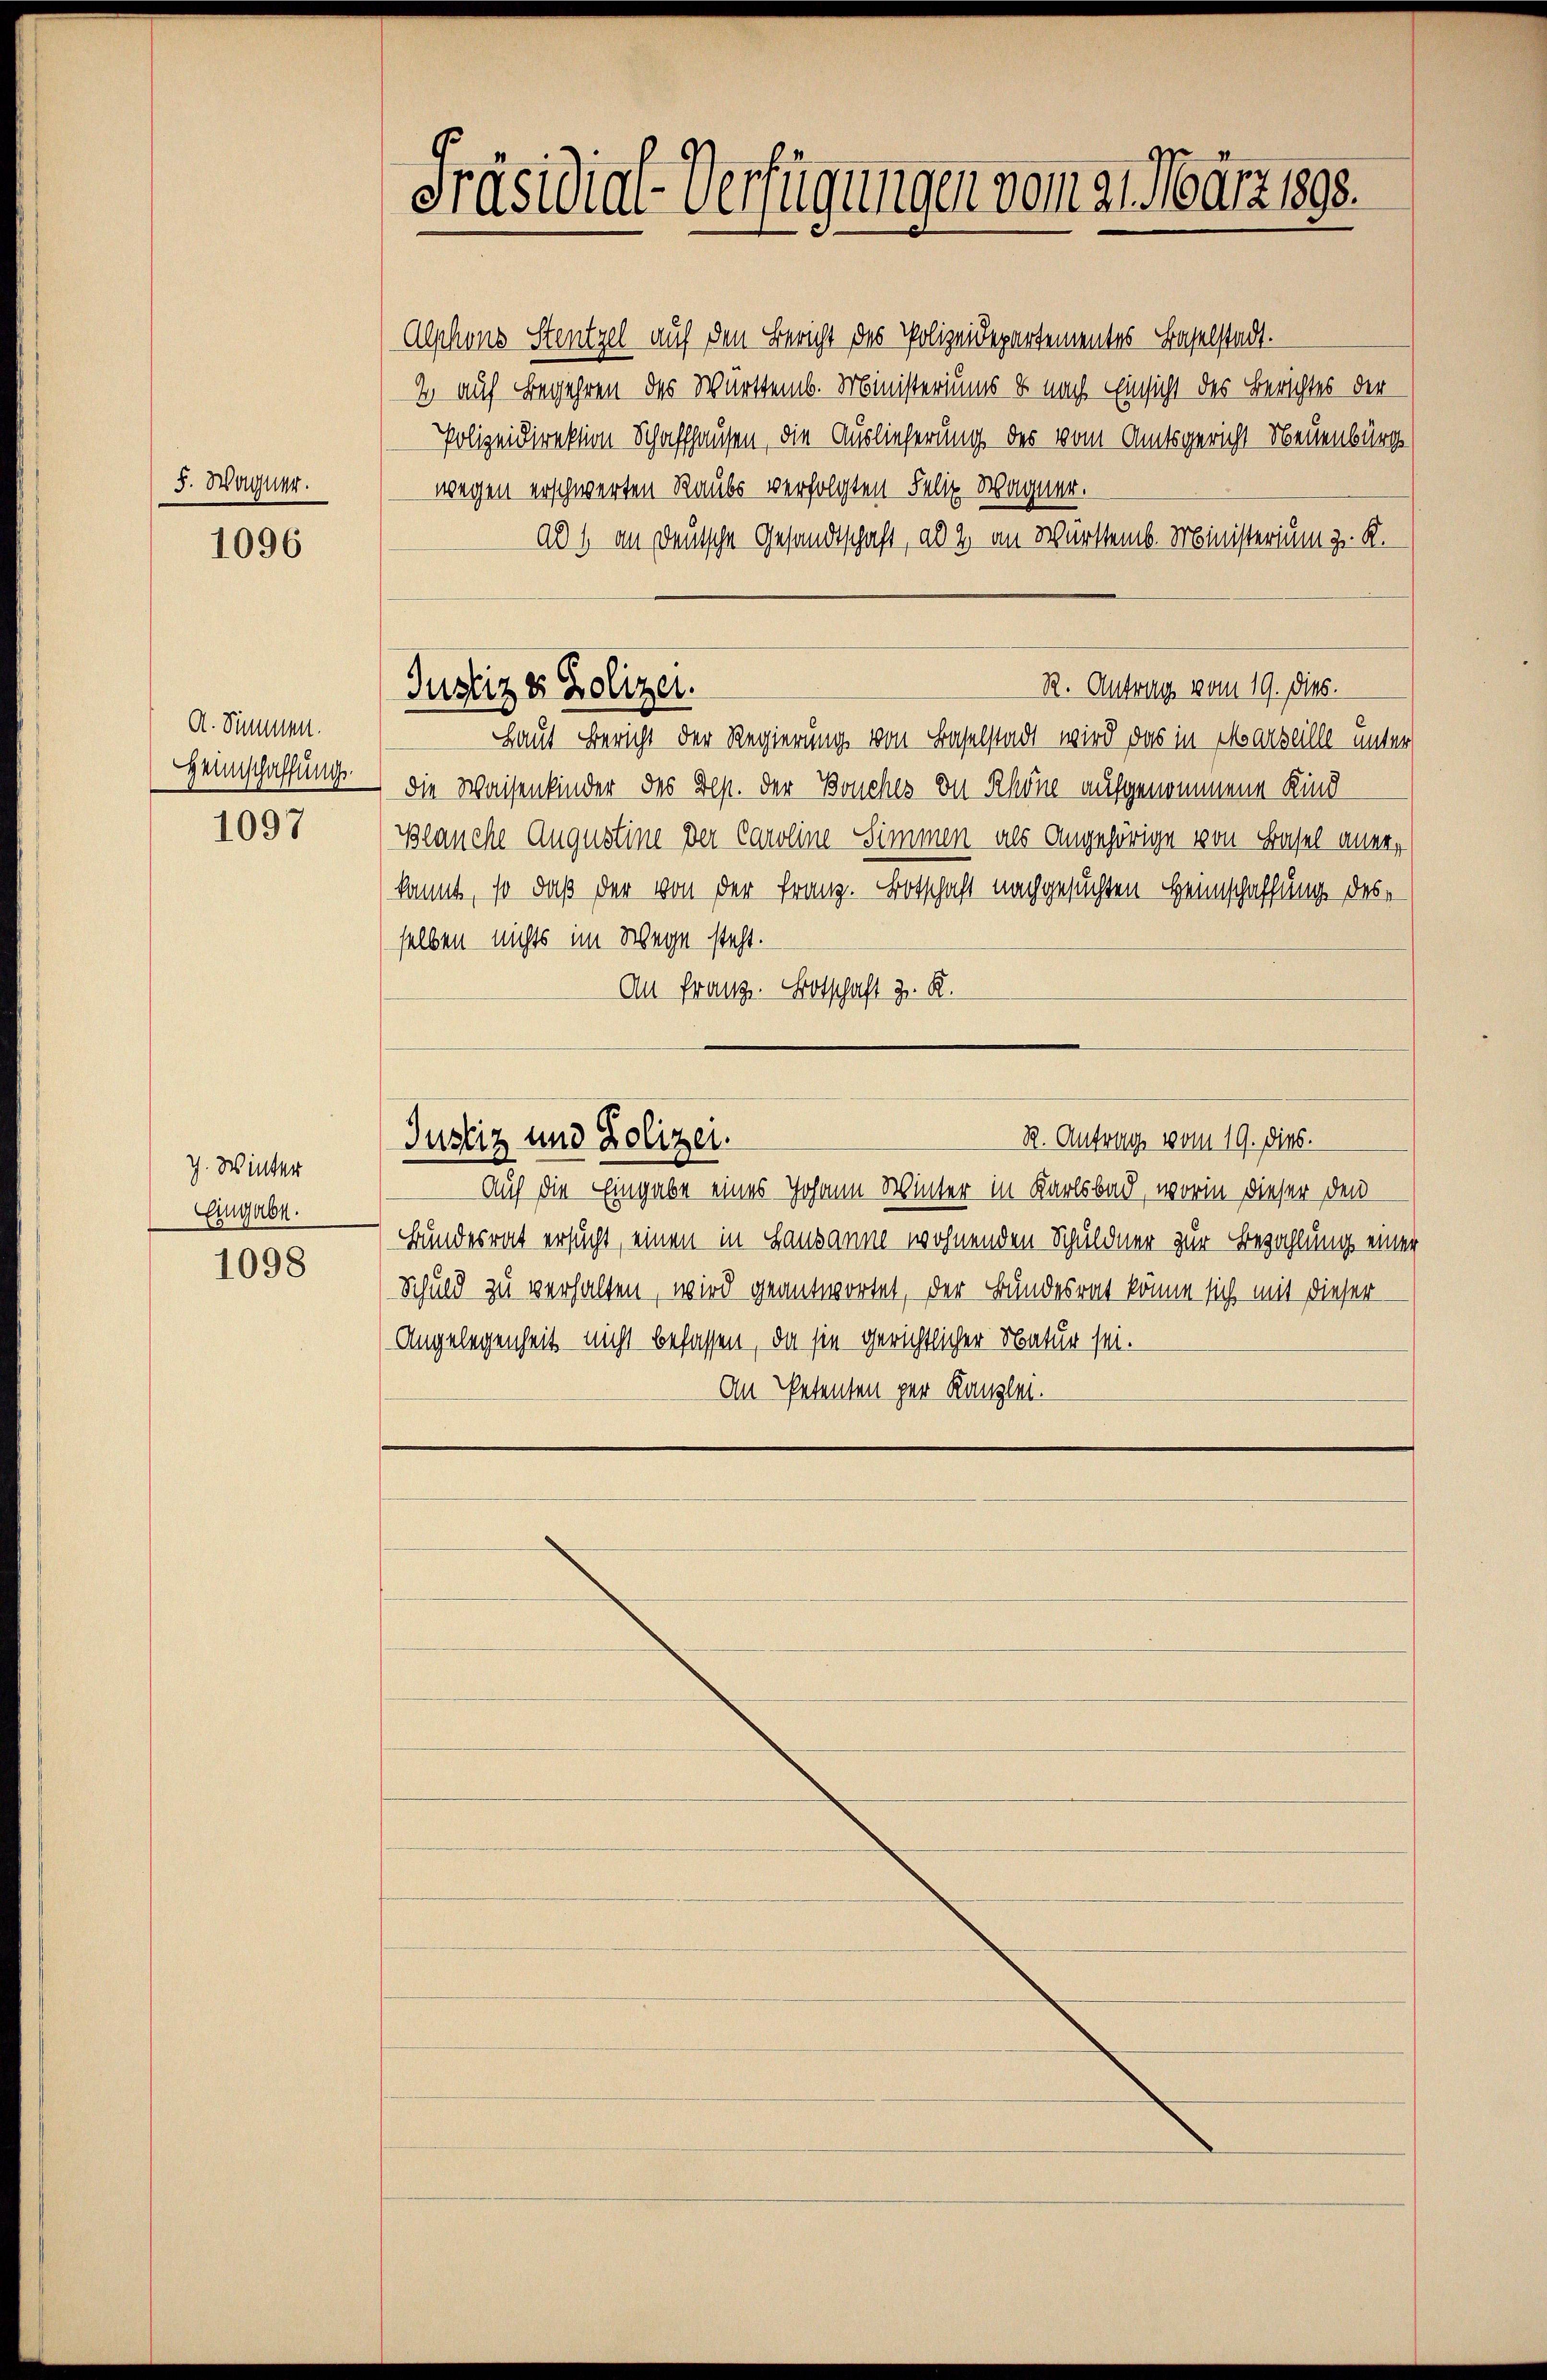
5. Wagner.

1096

A. Simmen.
Heimschaffung

1097

J. Winter
Eingabe.

1098

Präsidial-Verfügungen vom 21. März 1890.

Justiz & Polizei.

Alphons Stentzel auf den Bericht des Polizeidepartementes Baselstadt.
I auf Begehren des Württemb. Ministeriums & nach Einsicht des Berichtes der
Polizeidirektion Schaffhausen, die Auslieferung des vom Amtsgericht Neuenburg
wegen erschwerten Raubs verfolgten Felix Wagner.
ad 1 an deutsche Gesandtschaft, als 2. an Württemb. Ministerium z. K.
Laut Bericht der Regierung von Baselstadt wird das in Marseille unter
Die Waisenkinder des Dep. der Bruches zu Schöne aufgenommene Kind
Blanche Augustine der Caroline-Simmen als Angehörige von Basel anerkannt, so daß der von der Franz. Botschaft nachgesuchten Heimschaffung desselben nichts im Wege steht.
An Franz. Botschaft z. R.

Auch die Eingabe eines Johann Winter in Karlsbad, worin dieser den
Bundesrat ersucht, einen in Lausanne wohnenden Schuldner zur Bezahlung einer
Schuld zu verhalten, wird geantwortet, der Bundesrat könne sich mit dieser
Angelegenheit nicht befassen, da sie gerichtlicher Natur sei.
An Petenten per Kanzlei.

Justiz und Polizei.

R. Antrag vom 19. dies.

R. Antrag vom 19. dies.